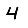
Digit: 4